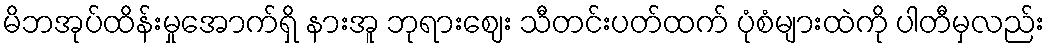
မိဘအုပ်ထိန်းမှုအောက်ရှိ နားအူ ဘုရားဈေး သီတင်းပတ်ထက် ပုံစံများထဲကို ပါတီမှလည်း